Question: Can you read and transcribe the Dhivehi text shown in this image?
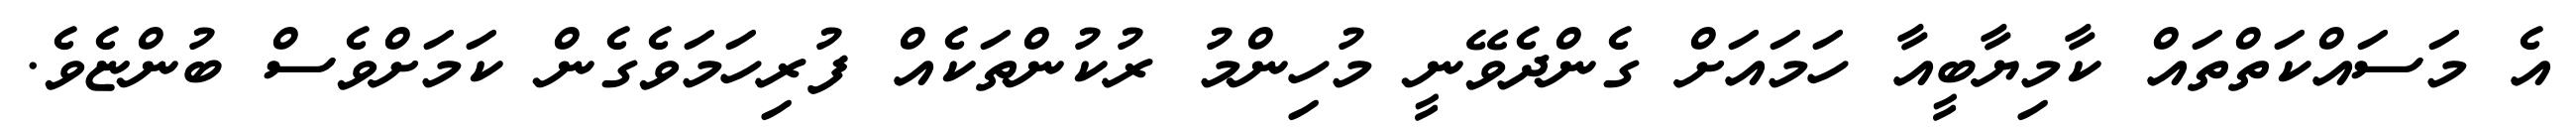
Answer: އެ މަސައްކަތްތައް ކާމިޔާބީއާ ހަމައަށް ގެންދެވޭނީ މުހިންމު ރުކުންތަކެއް ފުރިހަމަވެގެން ކަމަށްވެސް ބުންޏެވެ.